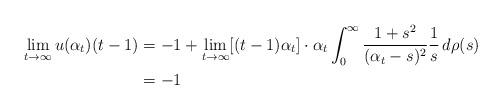
LaTeX: \begin{align*}\lim_{t\rightarrow\infty}u(\alpha_t)(t-1)&=-1+\lim_{t\rightarrow\infty}[(t-1)\alpha_t]\cdot \alpha_t \int_0^\infty\frac{1+s^2}{(\alpha_t-s)^2}\frac{1}{s}\,d\rho(s)\\ &=-1\end{align*}